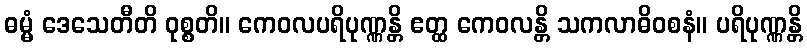
ဓမ္မံ ဒေသေတီတိ ဝုစ္စတိ။ ကေဝလပရိပုဏ္ဏန္တိ ဧတ္ထ ကေဝလန္တိ သကလာဓိဝစနံ။ ပရိပုဏ္ဏန္တိ